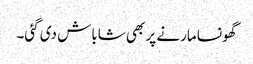
گھونسا مارنے پر بھی شاباش دی گئی۔